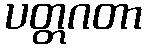
ပတ္တဂတာ